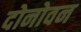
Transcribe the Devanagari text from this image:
दोनोवन